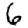
Digit: 6